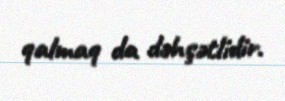
qalmaq da dəhşətlidir.